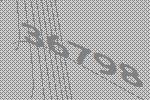
36798